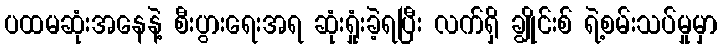
ပထမဆုံးအနေနဲ့ စီးပွားရေးအရ ဆုံးရှုံးခဲ့ရပြီး လက်ရှိ ချွိုင်းစ် ရဲ့စမ်းသပ်မှုမှာ